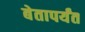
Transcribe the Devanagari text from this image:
बेतापर्यंत